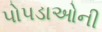
પોપડાઓની